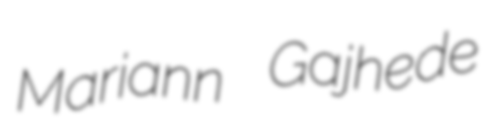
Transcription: Mariann Gajhede